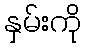
နှမ်းကို